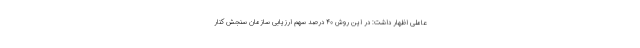
عاملی اظهار داشت: در این روش ۴۰ درصد سهم ارزیابی سازمان سنجش کنار